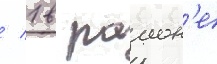
/ 1 в раион'е